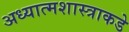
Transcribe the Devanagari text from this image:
अध्यात्मशास्त्राकडे